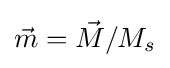
{\vec {m}}={\vec {M}}/M_{s}